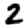
Digit: 2